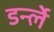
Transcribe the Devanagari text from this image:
डर्न्ले